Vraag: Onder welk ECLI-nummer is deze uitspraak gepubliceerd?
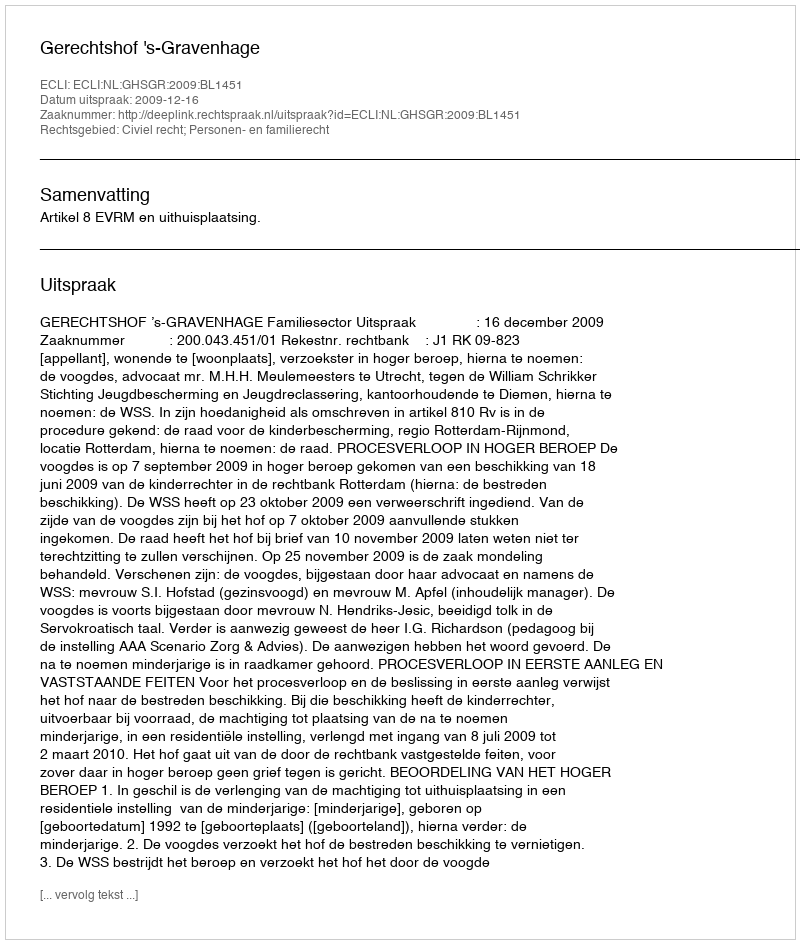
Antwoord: ECLI:NL:GHSGR:2009:BL1451